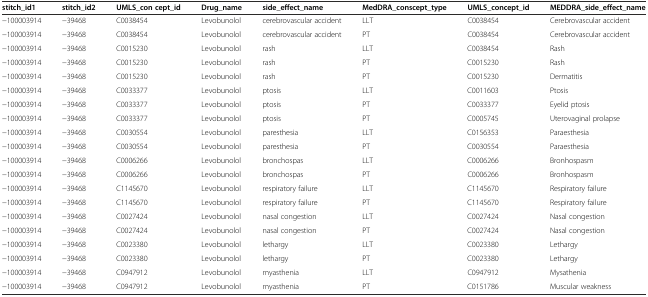
<table><thead><tr><td><b>stitch_id1</b></td><td><b>stitch_id2</b></td><td><b>UMLS_con cept_id</b></td><td><b>Drug_name</b></td><td><b>side_effect_name</b></td><td><b>MedDRA_conscept_type</b></td><td><b>UMLS_concept_id</b></td><td><b>MEDDRA_side_effect_name</b></td></tr></thead><tbody><tr><td>−100003914</td><td>−39468</td><td>C0038454</td><td>Levobunolol</td><td>cerebrovascular accident</td><td>LLT</td><td>C0038454</td><td>Cerebrovascular accident</td></tr><tr><td>−100003914</td><td>−39468</td><td>C0038454</td><td>Levobunolol</td><td>cerebrovascular accident</td><td>PT</td><td>C0038454</td><td>Cerebrovascular accident</td></tr><tr><td>−100003914</td><td>−39468</td><td>C0015230</td><td>Levobunolol</td><td>rash</td><td>LLT</td><td>C0038454</td><td>Rash</td></tr><tr><td>−100003914</td><td>−39468</td><td>C0015230</td><td>Levobunolol</td><td>rash</td><td>PT</td><td>C0015230</td><td>Rash</td></tr><tr><td>−100003914</td><td>−39468</td><td>C0015230</td><td>Levobunolol</td><td>rash</td><td>PT</td><td>C0015230</td><td>Dermatitis</td></tr><tr><td>−100003914</td><td>−39468</td><td>C0033377</td><td>Levobunolol</td><td>ptosis</td><td>LLT</td><td>C0011603</td><td>Ptosis</td></tr><tr><td>−100003914</td><td>−39468</td><td>C0033377</td><td>Levobunolol</td><td>ptosis</td><td>PT</td><td>C0033377</td><td>Eyelid ptosis</td></tr><tr><td>−100003914</td><td>−39468</td><td>C0033377</td><td>Levobunolol</td><td>ptosis</td><td>PT</td><td>C0005745</td><td>Uterovaginal prolapse</td></tr><tr><td>−100003914</td><td>−39468</td><td>C0030554</td><td>Levobunolol</td><td>paresthesia</td><td>LLT</td><td>C0156353</td><td>Paraesthesia</td></tr><tr><td>−100003914</td><td>−39468</td><td>C0030554</td><td>Levobunolol</td><td>paresthesia</td><td>PT</td><td>C0030554</td><td>Paraesthesia</td></tr><tr><td>−100003914</td><td>−39468</td><td>C0006266</td><td>Levobunolol</td><td>bronchospas</td><td>LLT</td><td>C0006266</td><td>Bronhospasm</td></tr><tr><td>−100003914</td><td>−39468</td><td>C0006266</td><td>Levobunolol</td><td>bronchospas</td><td>PT</td><td>C0006266</td><td>Bronhospasm</td></tr><tr><td>−100003914</td><td>−39468</td><td>C1145670</td><td>Levobunolol</td><td>respiratory failure</td><td>LLT</td><td>C1145670</td><td>Respiratory failure</td></tr><tr><td>−100003914</td><td>−39468</td><td>C1145670</td><td>Levobunolol</td><td>respiratory failure</td><td>PT</td><td>C1145670</td><td>Respiratory failure</td></tr><tr><td>−100003914</td><td>−39468</td><td>C0027424</td><td>Levobunolol</td><td>nasal congestion</td><td>LLT</td><td>C0027424</td><td>Nasal congestion</td></tr><tr><td>−100003914</td><td>−39468</td><td>C0027424</td><td>Levobunolol</td><td>nasal congestion</td><td>PT</td><td>C0027424</td><td>Nasal congestion</td></tr><tr><td>−100003914</td><td>−39468</td><td>C0023380</td><td>Levobunolol</td><td>lethargy</td><td>LLT</td><td>C0023380</td><td>Lethargy</td></tr><tr><td>−100003914</td><td>−39468</td><td>C0023380</td><td>Levobunolol</td><td>lethargy</td><td>PT</td><td>C0023380</td><td>Lethargy</td></tr><tr><td>−100003914</td><td>−39468</td><td>C0947912</td><td>Levobunolol</td><td>myasthenia</td><td>LLT</td><td>C0947912</td><td>Mysathenia</td></tr><tr><td>−100003914</td><td>−39468</td><td>C0947912</td><td>Levobunolol</td><td>myasthenia</td><td>PT</td><td>C0151786</td><td>Muscular weakness</td></tr></tbody></table>